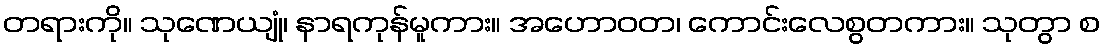
တရားကို။ သုဏေယျုံ၊ နာရကုန်မူကား။ အဟောဝတ၊ ကောင်းလေစွတကား။ သုတွာ စ